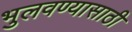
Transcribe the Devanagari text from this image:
भुलवण्यासाठी